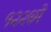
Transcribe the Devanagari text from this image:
१२२९मे